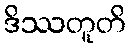
ဒိဿတူတိ